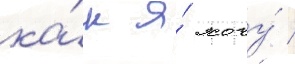
ка́к я́ хочу́ /